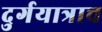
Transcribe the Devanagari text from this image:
दुर्गयात्राच